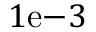
1 \mathrm { e } { - 3 }